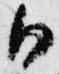
御